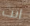
انت